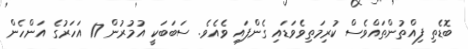
ބޮޑެތި ފިއްތުންތައްވެސް ކުރިމަތިވެވަޑައި ގެންފައި ވެއެވެ. ސަބަބަކީ އުމުރުން 17 އަހަރުގެ އަންހެން